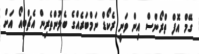
ގޭމް އޮފް ތްރޯންސް އިން ވަނީ ރެކޯޑް ނަމްބަރެއްގެ ބެލުންތެރިން އެޗްބީއޯ އަށް